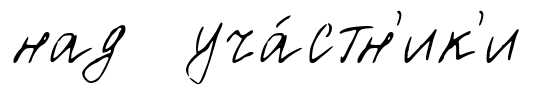
над уча́стн'ик'и